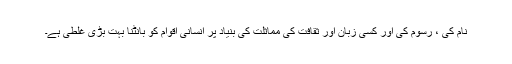
نام کی ، رسوم کی اور کسی زبان اور ثقافت کی مماثلت کی بنیاد پر انسانی اقوام کو بانٹنا بہت بڑی غلطی ہے۔